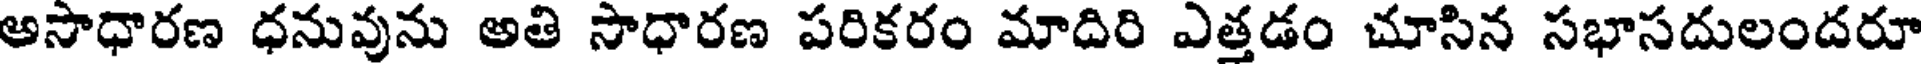
అసాధారణ ధనువును అతి సాధారణ పరికరం మాదిరి ఎత్తడం చూసిన సభాసదులందరూ